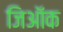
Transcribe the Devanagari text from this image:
जिऑक